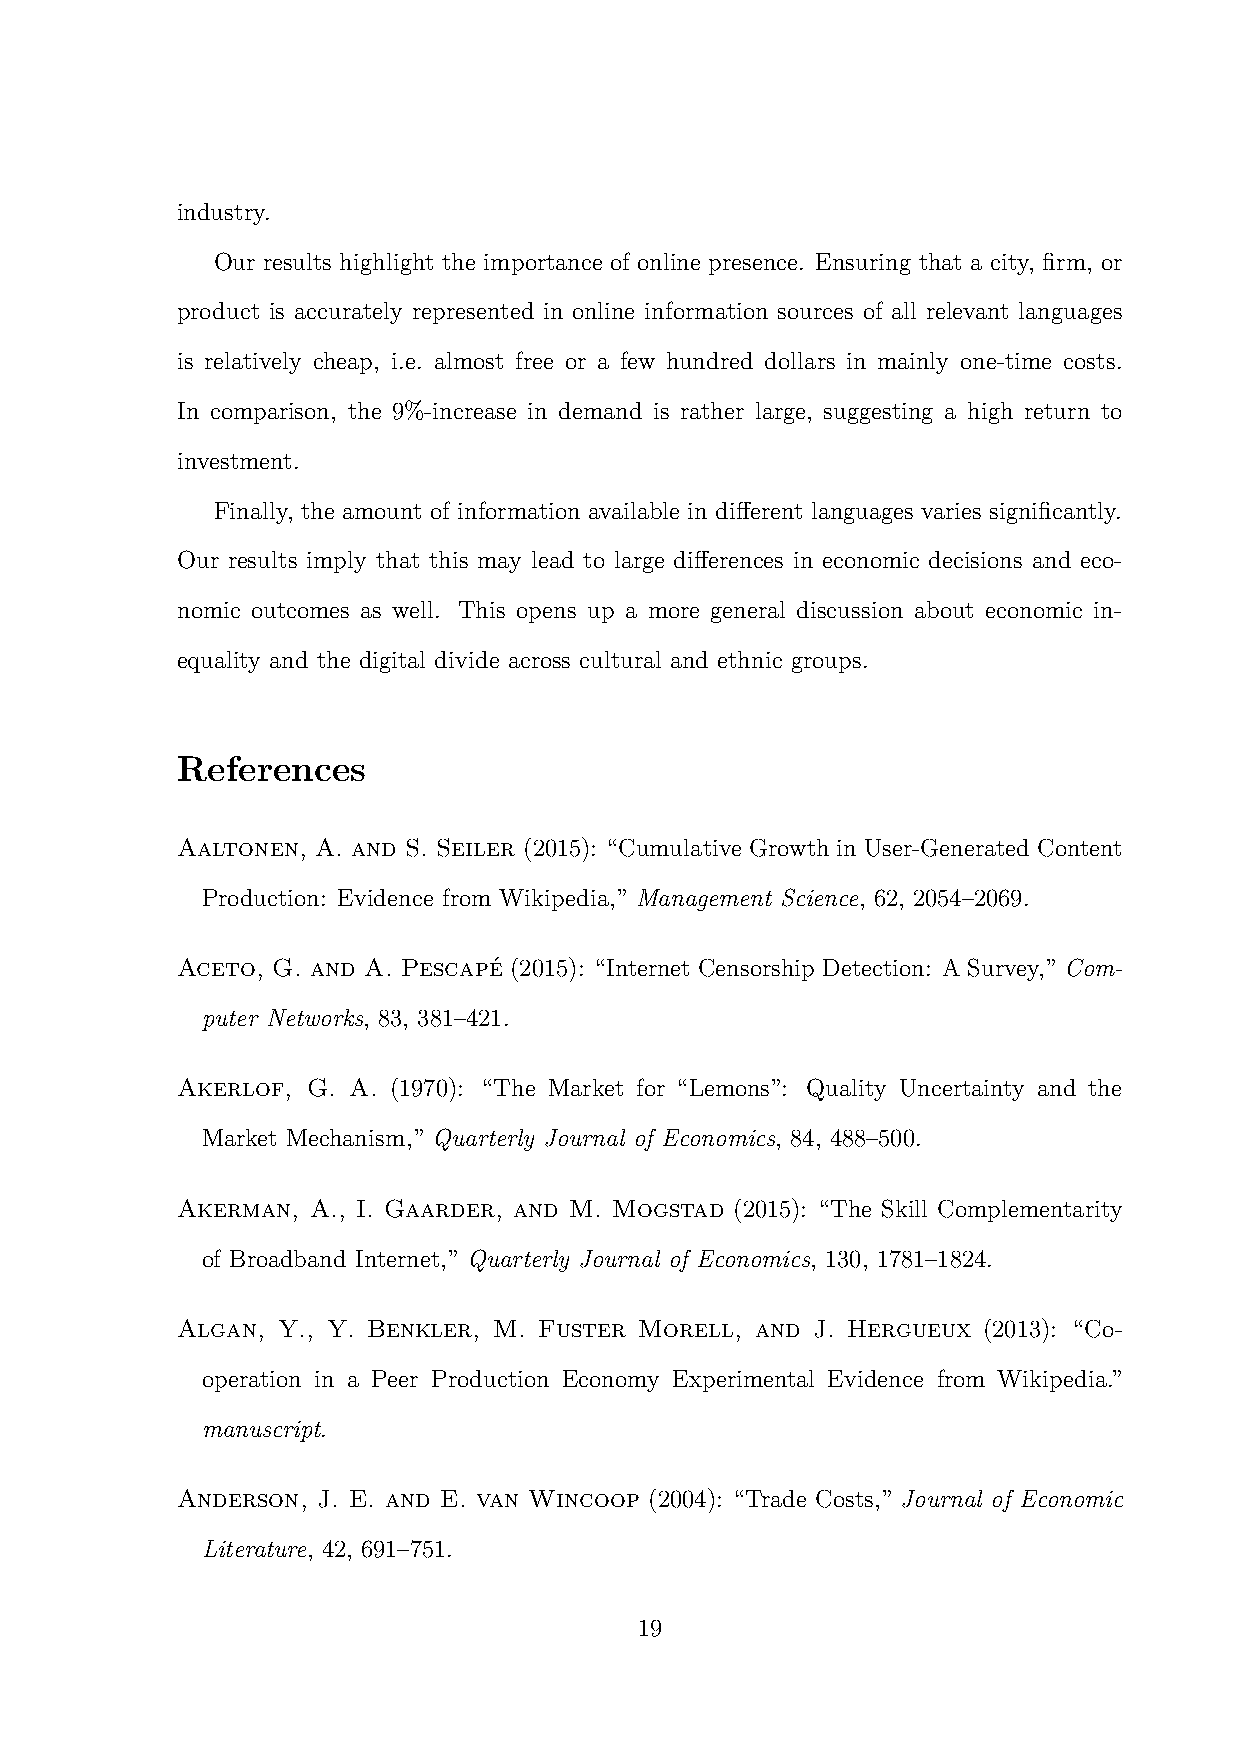
industry.
 Our results highlight the importance of online presence. Ensuring that a city, firm, or
 product is accurately represented in online information sources of all relevant languages
 is relatively cheap, i.e. almost free or a few hundred dollars in mainly one-time costs.
 In comparison, the 9%-increase in demand is rather large, suggesting a high return to
 investment.
 Finally, the amount of information available in different languages varies significantly.
 Our results imply that this may lead to large differences in economic decisions and eco-
 nomic outcomes as well. This opens up a more general discussion about economic in-
 equality and the digital divide across cultural and ethnic groups.
 References
 Aaltonen, A. and S. Seiler (2015): “Cumulative Growth in User-Generated Content
 Production: Evidence from Wikipedia,” Management Science, 62, 2054–2069.
 Aceto, G. and A. Pescapé (2015): “Internet Censorship Detection: A Survey,” Com-
 puter Networks, 83, 381–421.
 Akerlof, G. A. (1970): “The Market for “Lemons”: Quality Uncertainty and the
 Market Mechanism,” Quarterly Journal of Economics, 84, 488–500.
 Akerman, A., I. Gaarder, and M. Mogstad (2015): “The Skill Complementarity
 of Broadband Internet,” Quarterly Journal of Economics, 130, 1781–1824.
 Algan, Y., Y. Benkler, M. Fuster Morell, and J. Hergueux (2013): “Co-
 operation in a Peer Production Economy Experimental Evidence from Wikipedia.”
 manuscript.
 Anderson, J. E. and E. van Wincoop (2004): “Trade Costs,” Journal of Economic
 Literature, 42, 691–751.
 19